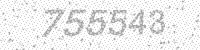
Solution: 755543